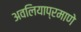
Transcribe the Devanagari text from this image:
अवलियाप्रमाणे